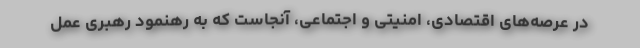
در عرصه‌های اقتصادی، امنیتی و اجتماعی، آنجاست که به رهنمود رهبری عمل